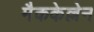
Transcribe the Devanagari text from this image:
मैककेल्लेन